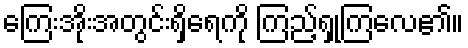
ကြေးအိုးအတွင်းရှိရေကို ကြည့်ရှုကြလေ၏။